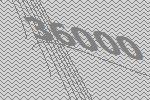
36000